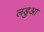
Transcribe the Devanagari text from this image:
लडुआ